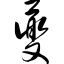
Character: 夔